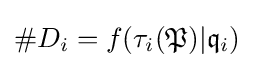
\#D_{i}=f(\tau _{i}({\mathfrak {P}})|{\mathfrak {q}}_{i})